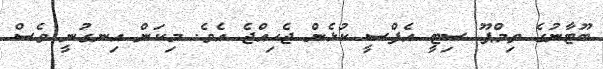
ބޫޓާނުގެ ތިމްޕޫ ސިޓީ އެފްސީ ކުޅެން ޖެހިއްޖެ އެވެ. މިކަން އިނގުނީ ވެސް